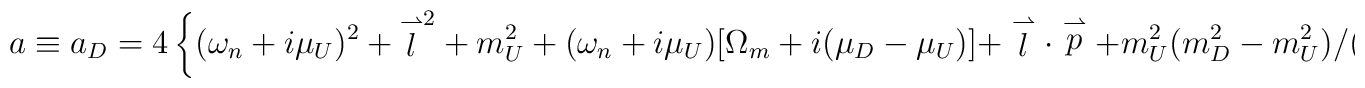
a\equiv a_D=4\left \{(\omega_n+i\mu_U)^2+{\stackrel{\rightharpoonup}{l}}^2+m_U^2+(\omega_n+i\mu_U)[\Omega_m+i(\mu_D-\mu_U)]+\stackrel{\rightharpoonup}{l}\cdot \stackrel{\rightharpoonup}{p}+m^2_U(m_D^2-m_U^2)/(m_U^2+m_D^2)\right \}.